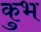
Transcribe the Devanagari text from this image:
कुभ